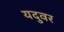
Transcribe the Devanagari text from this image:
यदुवर